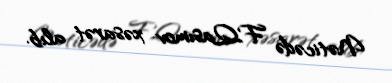
Nəticədə F.Qasımov xəsarət alıb.